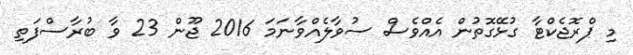
މި ޕްރޮޖެކްޓާ ގުޅޭގޮތުން އެއްވެސް ސުވާލެއްވާނަމަ 2016 ޖޫން 23 ވާ ބުރާސްފަތި